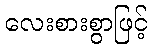
လေးစားစွာဖြင့်